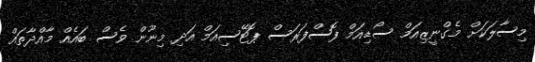
މިސާލަކަށް މެގްނީޒިއަމް ސޯޑިއަމް ފޮސްފަރަސް ޕޮޓޭސިއަމް އަދި މިނޫން ވެސް ބައެއް މާއްދާތައް